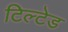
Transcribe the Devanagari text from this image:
टिल्‍टेड